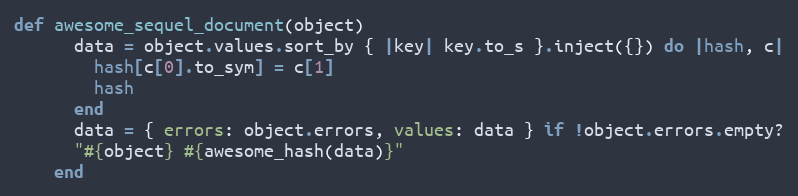
Language: Ruby
def awesome_sequel_document(object)
      data = object.values.sort_by { |key| key.to_s }.inject({}) do |hash, c|
        hash[c[0].to_sym] = c[1]
        hash
      end
      data = { errors: object.errors, values: data } if !object.errors.empty?
      "#{object} #{awesome_hash(data)}"
    end